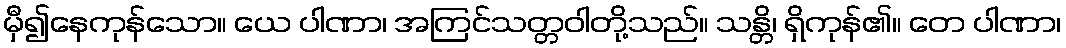
မှီ၍နေကုန်သော။ ယေ ပါဏာ၊ အကြင်သတ္တဝါတို့သည်။ သန္တိ၊ ရှိကုန်၏။ တေ ပါဏာ၊